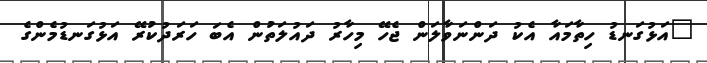
"އަޅުގަނޑު ހިތާމައާ އެކު ދަންނަވާލަން ޖެހޭ މިހާރު ދައުލަތުން އެބަ ހަރަދުކުރޭ އަޅުގަނޑުމެންގެ